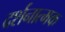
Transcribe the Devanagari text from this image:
दर्शनात्मक